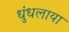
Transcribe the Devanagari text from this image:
धुंधलाया